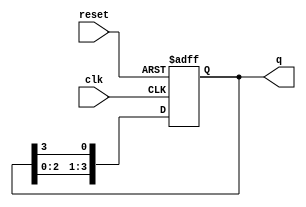
module ring_counter (
    input wire clk,          // Clock input
    input wire reset,        // Asynchronous reset input
    output reg [N-1:0] q     // Output state of the ring counter
);
    parameter N = 4;         // Number of flip-flops (states)

    // Initial state
    initial begin
        q = 1'b1;            // Initialize the counter to 0001
    end

    // Sequential logic for the ring counter
    always @(posedge clk or posedge reset) begin
        if (reset) begin
            q <= 1'b1;       // Reset to initial state (0001)
        end else begin
            // Shift the high state to the next flip-flop
            q <= {q[N-2:0], q[N-1]}; // Shift left and wrap around
        end
    end
endmodule